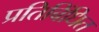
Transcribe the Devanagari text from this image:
प्रतिबिंधित